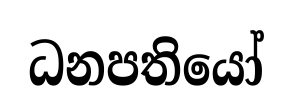
ධනපතියෝ